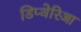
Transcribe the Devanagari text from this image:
डिप्थेरिआ